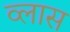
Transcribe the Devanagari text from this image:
व्लास